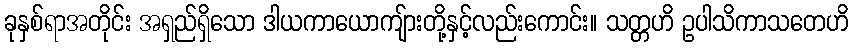
ခုနှစ်ရာအတိုင်း အရှည်ရှိသော ဒါယကာယောကျ်ားတို့နှင့်လည်းကောင်း။ သတ္တဟိ ဥပါသိကာသတေဟိ